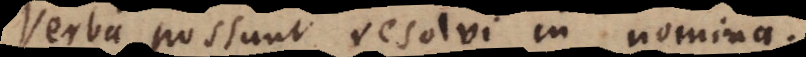
Verba possunt resolvi in nomina.